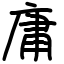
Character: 庸